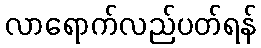
လာရောက်လည်ပတ်ရန်